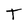
Character: T